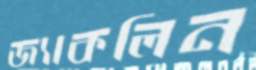
জ্যাকলিন